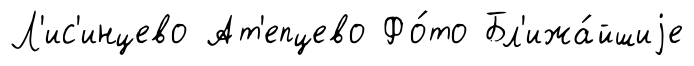
Л'ис'инцево Ат'епцево Фо́то Бл'ижа́йшиjе